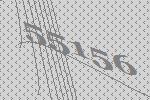
55156